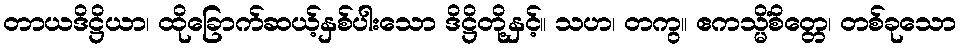
တာယဒိဋ္ဌိယာ၊ ထိုခြောက်ဆယ့်နှစ်ပါးသော ဒိဋ္ဌိတို့နှင့်။ သဟ၊ တကွ။ ဧကသ္မိံစိတ္တေ၊ တစ်ခုသော